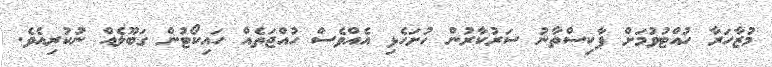
މުޒާހަރާ ހުއްޓުވުމަށް ޕާކިސްތާނު ސަރުކާރުން ހުށަހެޅި އެއްވެސް ހުއްޖަތެއް ހައިކޯޓުން ގަބޫލެއް ނުކުރިއެވެ.